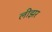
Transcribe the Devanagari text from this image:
लीझर